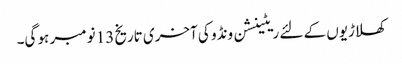
کھلاڑیوں کے لئے ریٹینشن ونڈو کی آخری تاریخ 13 نومبر ہو گی۔